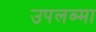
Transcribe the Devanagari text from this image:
उपलब्मा